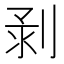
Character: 𠝌